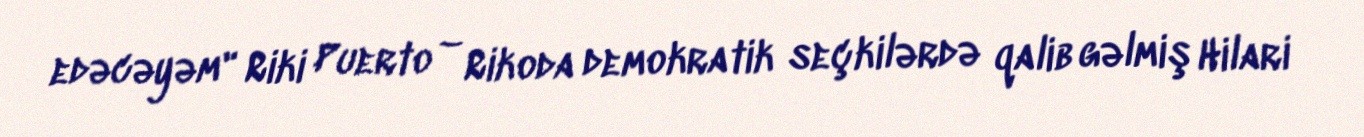
edəcəyəm" Riki Puerto – Rikoda demokratik seçkilərdə qalib gəlmiş Hilari